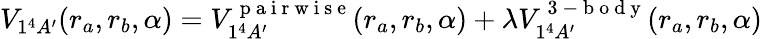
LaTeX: V_{1^{4}A^{\prime}}(r_{a},r_{b},\alpha)=V_{1^{4}A^{\prime}}^{\mathrm{~p~a~i~r~w~i~s~e~}}(r_{a},r_{b},\alpha)+\lambda V_{1^{4}A^{\prime}}^{\mathrm{~3~-~b~o~d~y~}}(r_{a},r_{b},\alpha)